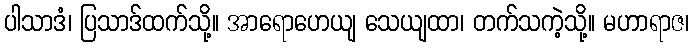
ပါသာဒံ၊ ပြသာဒ်ထက်သို့။ အာရောဟေယျ သေယျထာ၊ တက်သကဲ့သို့။ မဟာရာဇ၊